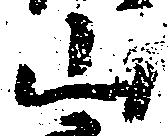
山